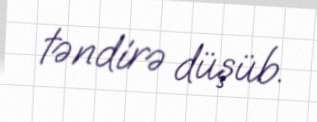
təndirə düşüb.